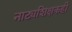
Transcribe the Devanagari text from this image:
नाट्यशिक्षकही